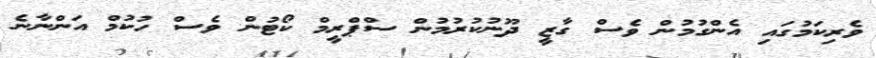
ވެރިކަމުގައި އެންގުމުން ވެސް ގާޒީ ދޫނުކުރުމުން ސްޕްރީމް ކޯޓުން ވެސް ހުކުމް އަންނާނެ